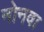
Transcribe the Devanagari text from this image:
नोनवा